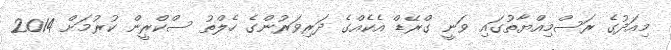
މިއަދުގެ ރަސްމިއްޔާތުގައި ވަނީ ގްރޭޑް އެކެއްގެ ދަރިވަރުންގެ ހެލްތު ސްކްރީން ކުރުމަށް 2014